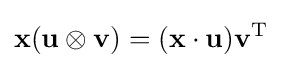
\mathbf {x} (\mathbf {u} \otimes \mathbf {v} )=(\mathbf {x} \cdot \mathbf {u} )\mathbf {v} ^{\operatorname {T} }